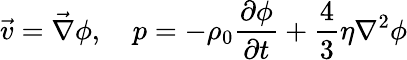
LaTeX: \vec{v}=\vec{\nabla}\phi,\quad p=-\rho_{0}\frac{\partial\phi}{\partial t}+\frac 43\eta\nabla^{2}\phi